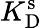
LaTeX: K_{\mathrm{D}}^{\mathrm{s}}